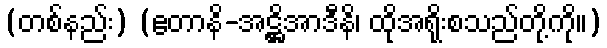
(တစ်နည်း) (ဧတာနိ-အဋ္ဌိအာဒီနိ၊ ထိုအရိုးစသည်တို့ကို။)